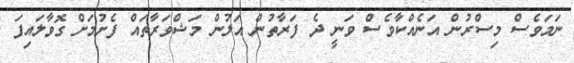
ނަމަވެސް މިސްރުން އަނެއްކާވެސް ވަނީ ދެ ފަރާތުން އަލުން މަޝްވަރާތައް ފެށުމަށް ގޮވާލައިފަ